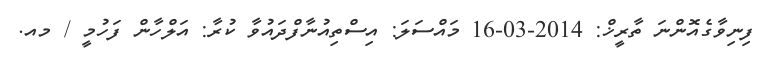
ފިނިވާގެއޮންނަ ތާރީޚް: 2014-03-16 މައްސަލަ: އިސްތިއުނާފްދައުވާ ކުރާ: އަލްހާން ފަހުމީ / މއ.